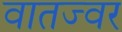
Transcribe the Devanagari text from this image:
वातज्वर